65_HS1-834228961_62-HQ-83894_SUB_A
Agency: FBI
Page 76
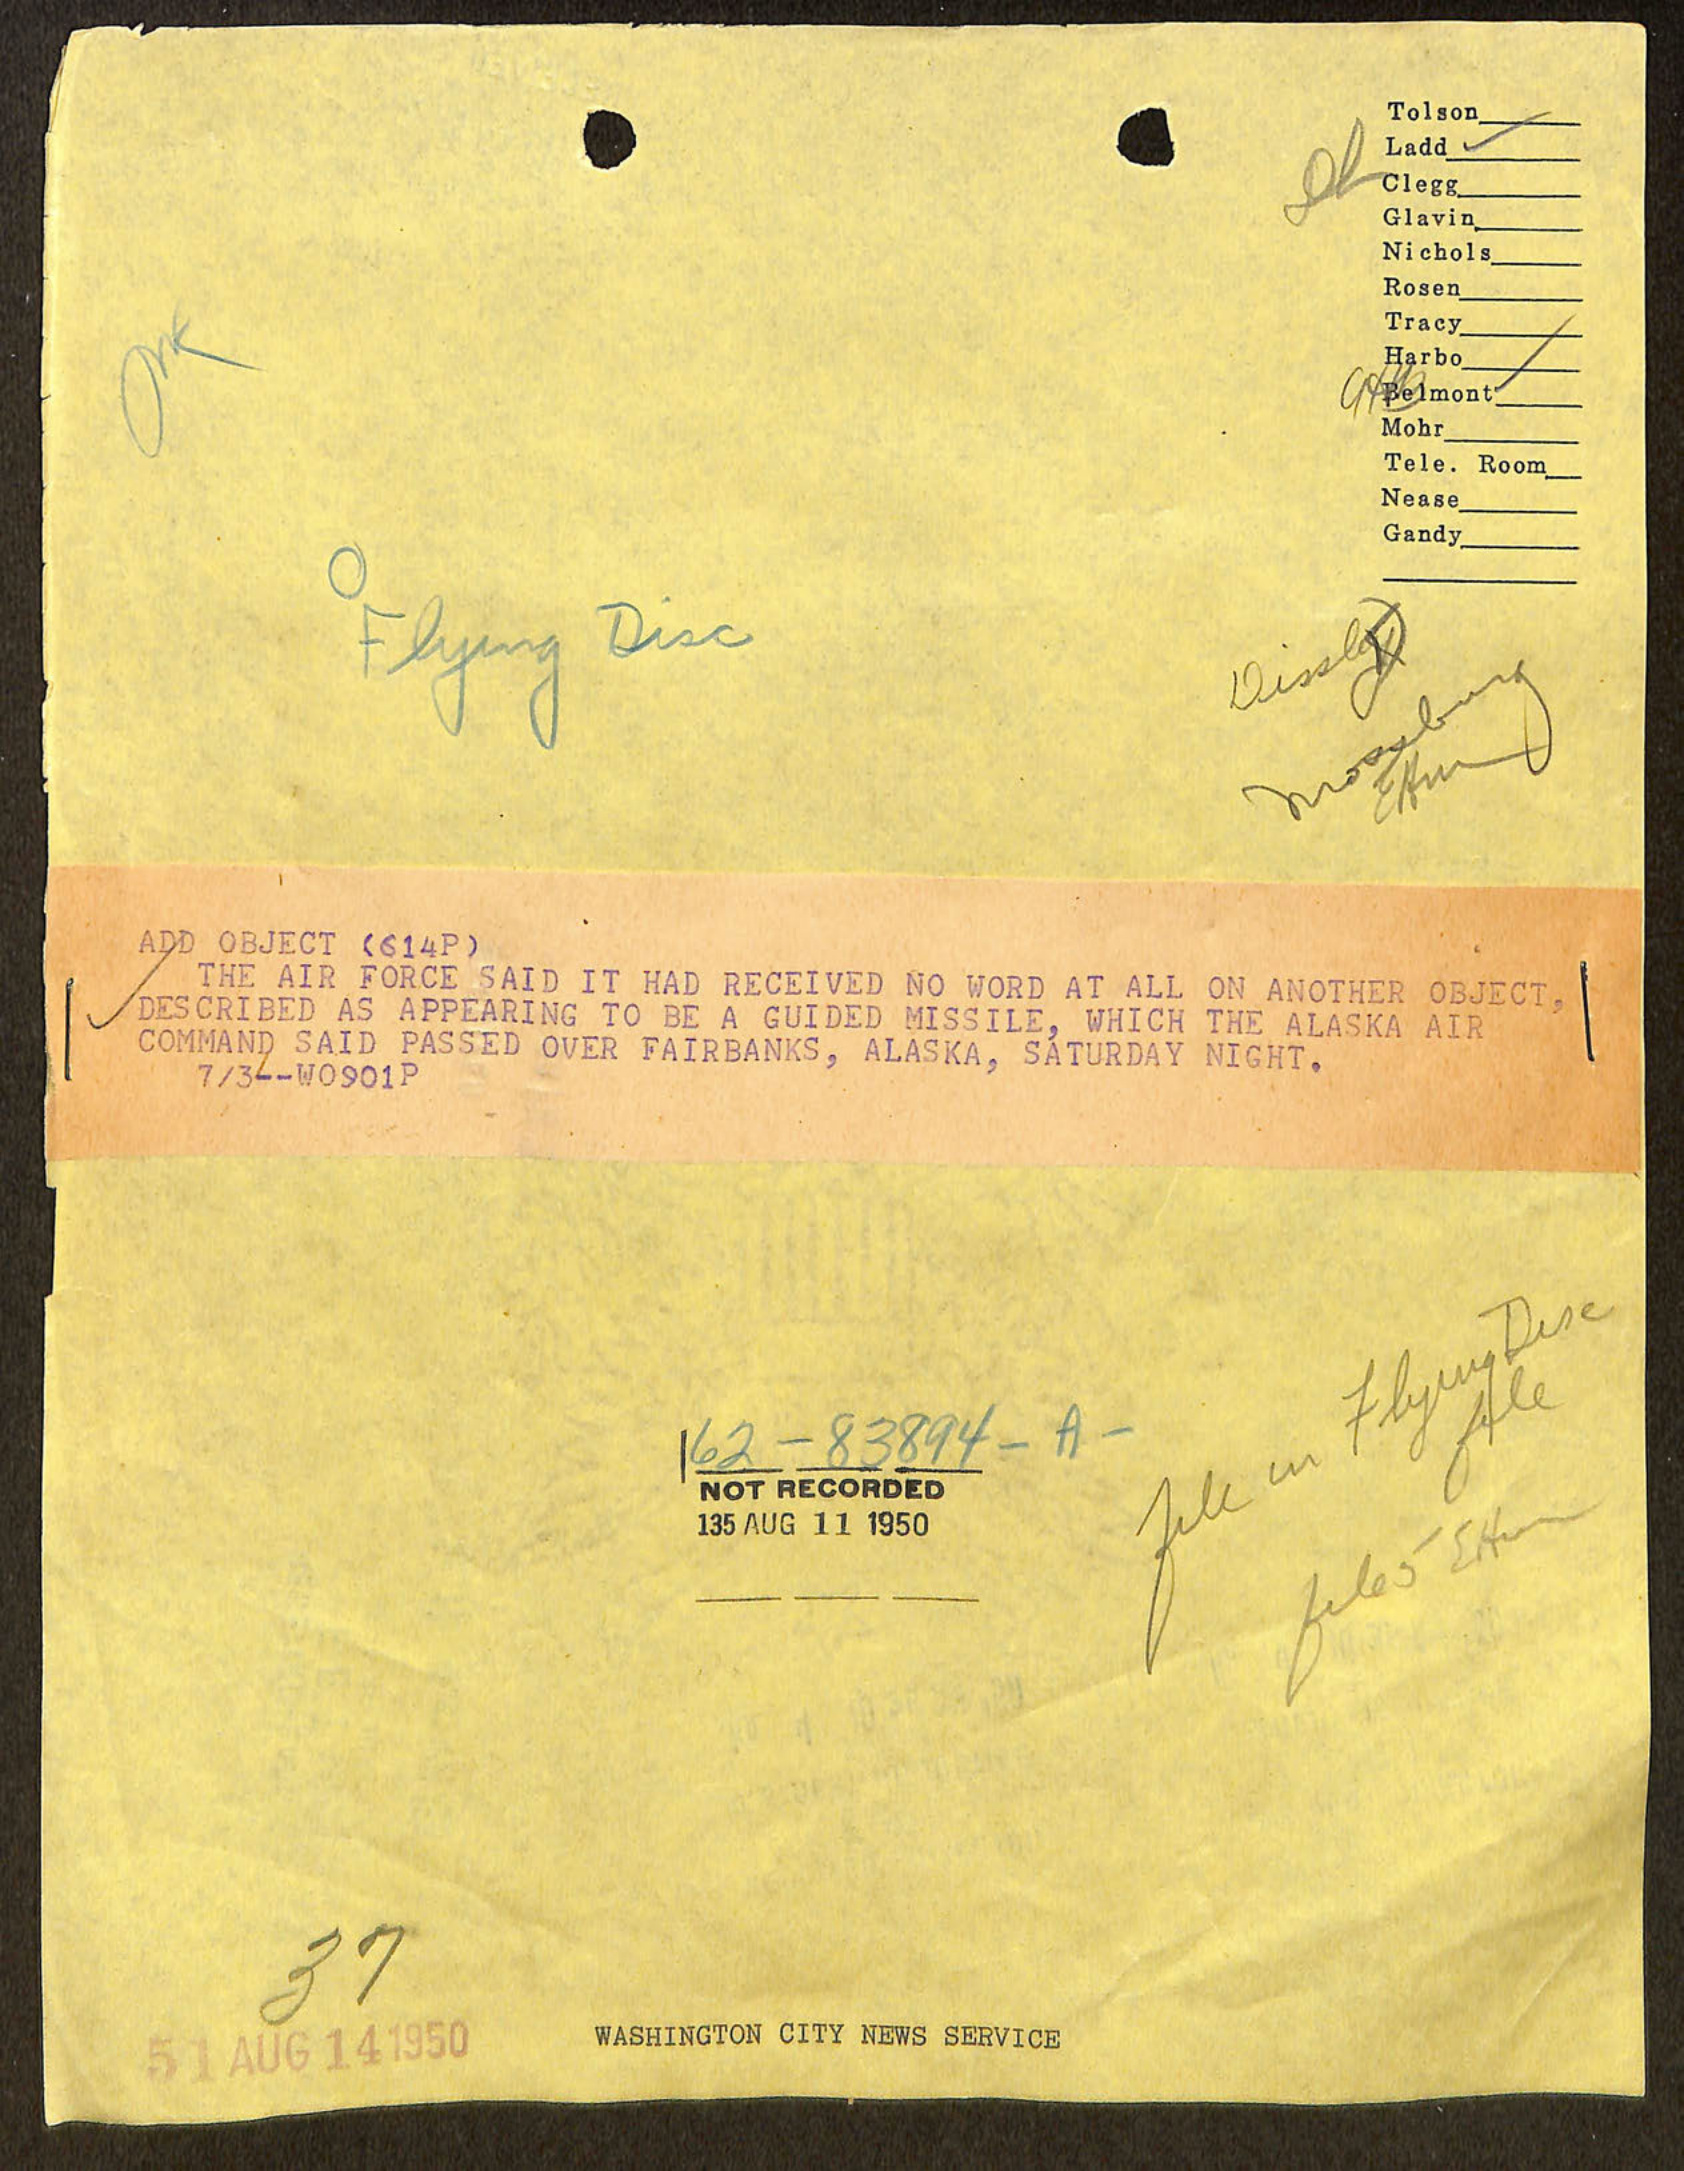